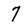
Character: 7